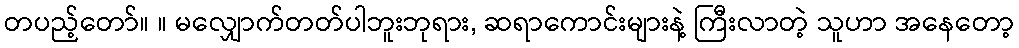
တပည့်တော်။ ။ မလျှောက်တတ်ပါဘူးဘုရား, ဆရာကောင်းများနဲ့ ကြီးလာတဲ့ သူဟာ အနေတော့